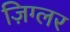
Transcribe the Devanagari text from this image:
ज़िग्लर